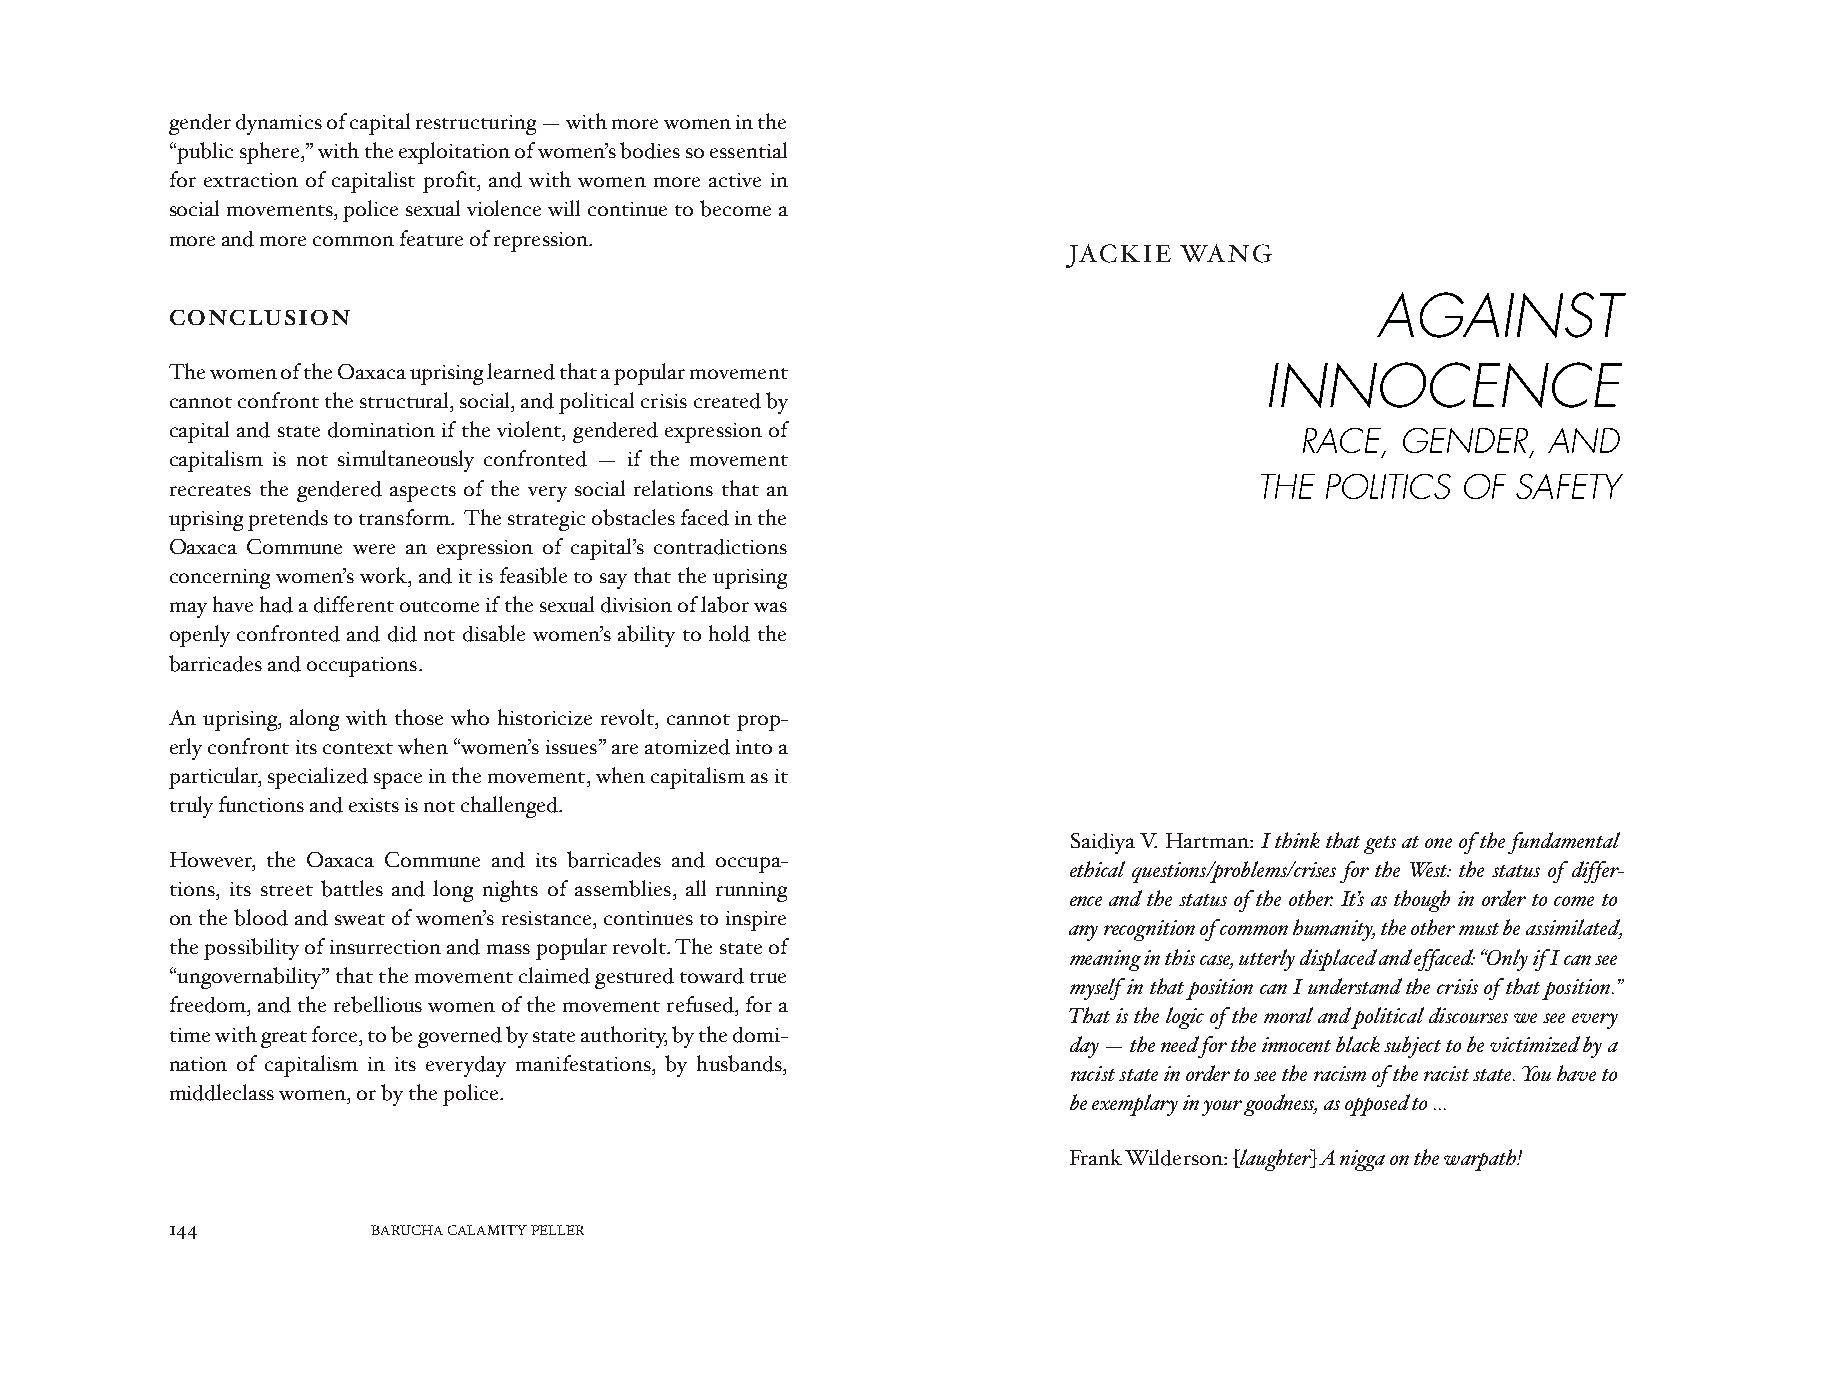
gender dynamics of capital restructuring — with more women in the
 “public sphere,” with the exploitation of women’s bodies so essential
 for extraction of capitalist profit, and with women more active in
 social movements, police sexual violence will continue to become a
 more and more common feature of repression.
 JACKIE WANG
 AGAINST
 CONCLUSION
 The women of the Oaxaca uprising learned that a popular movement         INNOCENCE
 cannot confront the structural, social, and political crisis created by
 capital and state domination if the violent, gendered expression of        RACE,  GENDER,  AND
 capitalism is not simultaneously confronted — if the movement
 THE  POLITICS OF SAFETY
 recreates the gendered aspects of the very social relations that an
 uprising pretends to transform. The strategic obstacles faced in the
 Oaxaca Commune were an expression of capital’s contradictions
 concerning women’s work, and it is feasible to say that the uprising
 may have had a different outcome if the sexual division of labor was
 openly confronted and did not disable women’s ability to hold the
 barricades and occupations.
 An uprising, along with those who historicize revolt, cannot prop-
 erly confront its context when “women’s issues” are atomized into a
 particular, specialized space in the movement, when capitalism as it
 truly functions and exists is not challenged.
 Saidiya V. Hartman: I think that gets at one of the fundamental
 However, the Oaxaca Commune and its barricades and occupa-
 ethical questions/problems/crises for the West: the status of differ-
 tions, its street battles and long nights of assemblies, all running
 ence and the status of the other. It’s as though in order to come to
 on the blood and sweat of women’s resistance, continues to inspire
 any recognition of common humanity, the other must be assimilated,
 the possibility of insurrection and mass popular revolt. The state of
 meaning in this case, utterly displaced and effaced: “Only if I can see
 “ungovernability” that the movement claimed gestured toward true
 myself in that position can I understand the crisis of that position.”
 freedom, and the rebellious women of the movement refused, for a
 That is the logic of the moral and political discourses we see every
 time with great force, to be governed by state authority, by the domi-
 day — the need for the innocent black subject to be victimized by a
 nation of capitalism in its everyday manifestations, by husbands,
 racist state in order to see the racism of the racist state. You have to
 middleclass women, or by the police.
 be exemplary in your goodness, as opposed to ...
 Frank Wilderson: [laughter] A nigga on the warpath!
 144           BARUCHA CALAMITY PELLER